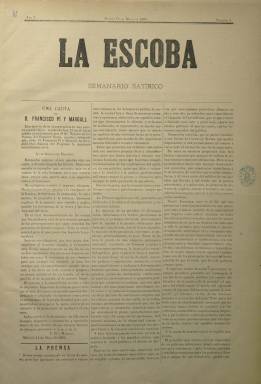
Título: La Escoba (Madrid)
Colección: Revistas satíricas y humorísticas || Periódicos
Ámbito geográfico: Madrid
Lugar de publicación: Madrid
Fechas: 13/05/1889-29/07/1889

De corta vida, pues sólo duró tres meses, esta publicación se subtituló Semanario Satírico Federal y reconocía como su inspirador a Pi i Margall, ex presidente de la I República española de 1873. Su fundador y director propietario, José Trinchant y Fornés, “el federal convencido”, como él mismo se llamaba, decidió poner fin a la publicación para sustituirla por La Federación, conservando la sección ‘Escobadas y Escobazos’ para “barrer la basura de los partidos”.

    La Escoba había nacido en mayo de 1889, un mes antes de que se produjera en Madrid la reunión de 58 directores o representantes de periódicos republicanos que dio pie a la unión de las fuerzas de esta significación política, hasta entonces muy divididas.

  De cuatro páginas y compuesto a tres columnas, pese a autodenominarse satírico en el semanario predominaba el contenido doctrinal teñido de un tono de seriedad antes que propiamente cómico o sarcástico. El nombre de Pi y Margall era omnipresente, tanto por sus colaboraciones como por los artículos que lo citaban o las cartas que se le dirigían.

    La publicación contaba, entre otras, con una sección titulada ‘La Semana’ dedicada a comentar las sesiones de Cortes, medidas del Gobierno y actualidad nacional en general, otra titulada ‘Sección Doctrinal’ destinada a exponer su ideario, y la antes citada de ‘Escobadas y Escobazos’ en la que se solía criticar, además de a los partidos monárquicos, la línea editorial de otros periódicos.

   La casi única sección que hacía honor a la sátira era una titulada ‘Tipos y Topos. Galería de Hombres Públicos’ en la que el lector tenía que adivinar quién era el personaje de quien se hablaba en unas coplas que describían sus rasgos y características esenciales pero sin decir su nombre.

   Así  explicaba su contenido el semanario: “Por esta galería haremos desfilar, uno a uno y de riguroso incógnito, a todos los personajes de más viso, mamarrachos y fantoches que figuran en los diversos grupos que se dividen el campo de la política”.

   Las semblanzas o caricaturas, firmadas por J. Mostacilla, eran siempre en verso y se avisaba al lector a modo de chanza de que estaba prohibido terminantemente señalar con el dedo a las personas aludidas. No cabe duda de que los lectores  acababan averiguando  de qué político se trataba.

[Descripción publicada el 26/7/2018]